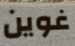
غوين